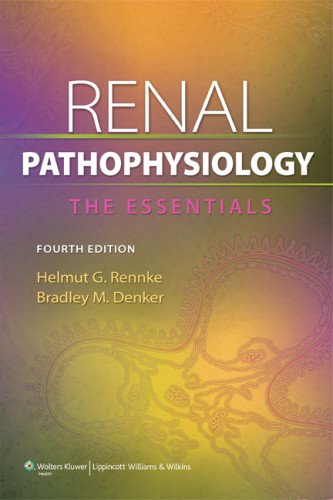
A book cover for Renal Pathophysiology (Point (Lippincott Williams & Wilkins)); Helmut Rennke MD; Medical Books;